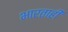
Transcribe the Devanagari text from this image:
भारताही